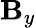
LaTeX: \mathbf{B}_{y}